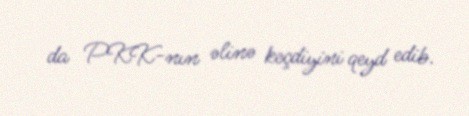
da PKK-nın əlinə keçdiyini qeyd edib.